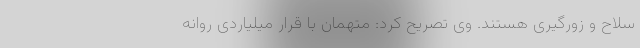
سلاح و زورگیری هستند. وی تصریح کرد: متهمان با قرار میلیاردی روانه